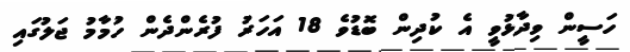
ހަސީން ވިދާޅުވީ އެ ކުދިން ބޮޑުވެ 18 އަހަރު ފުރެންދެން ހުމާމު ޖަލުގައި